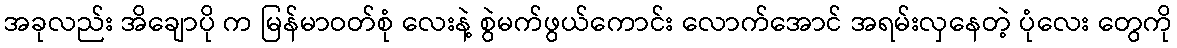
အခုလည်း အိချောပို က မြန်မာဝတ်စုံ လေးနဲ့ စွဲမက်ဖွယ်ကောင်း လောက်အောင် အရမ်းလှနေတဲ့ ပုံလေး တွေကို